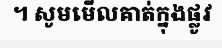
។ សូមមើលគាត់ក្នុងផ្លូវ